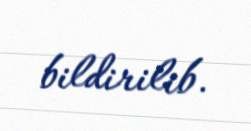
bildirilib.